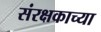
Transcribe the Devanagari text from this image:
संरक्षकाच्या